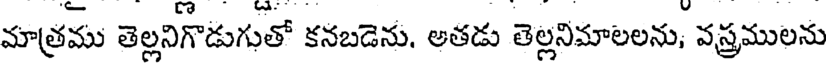
మాత్రము తెల్లనిగొడుగుతో కనబడెను, అతడు తెల్లనిమాలలను, వస్త్రములను